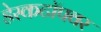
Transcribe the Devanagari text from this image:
डेस्कटॉपवर